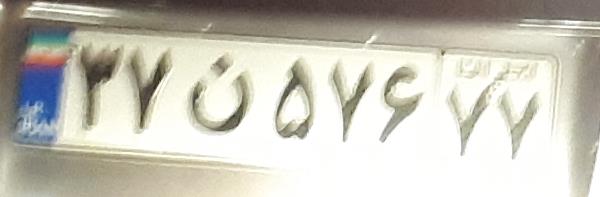
۳۷ن۵۷۶۷۷